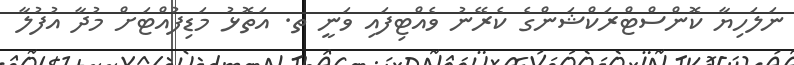
ނަލަހިޔާ ކޮންސްޓްރަކްޝަންގެ ކެރޭނު ވެއްޓިފައި ވަނީ ތ. އަތޮޅު މަޑިފުއްޓަށް މުދާ އުފުލާ